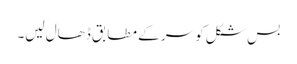
بس شکل کو سر کے مطابق ڈھال لیں۔